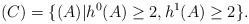
LaTeX: \begin{align*}(C) = \{(A) | h^0(A) \ge 2, h^1(A) \ge 2\}.\end{align*}